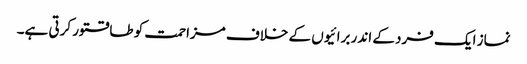
نماز ایک فرد کے اندر برائیوں کے خلاف مزاحمت کو طاقتور کرتی ہے۔